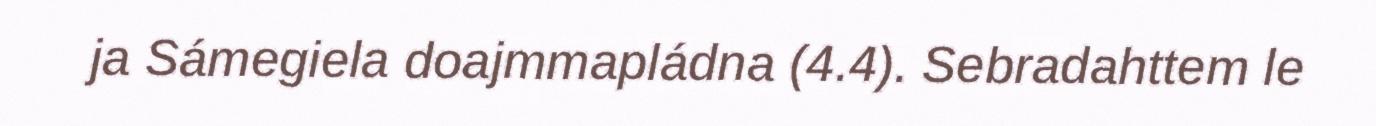
ja Sámegiela doajmmapládna (4.4). Sebradahttem le